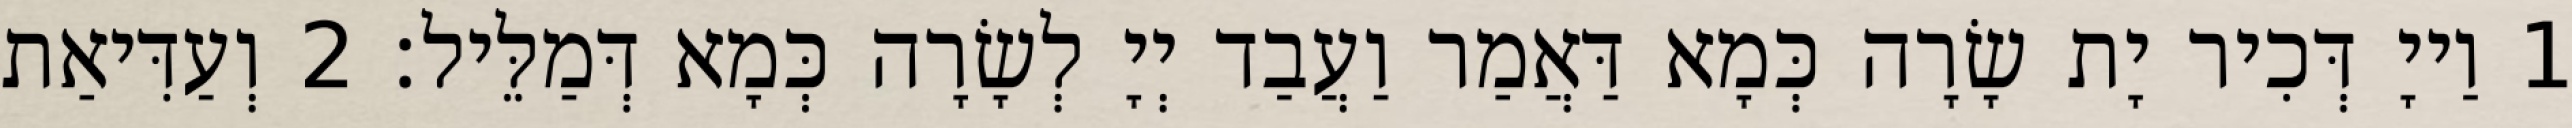
1 וַייָ דְּכִיר יָת שָׂרָה כְּמָא דַּאֲמַר וַעֲבַד יְיָ לְשָׂרָה כְּמָא דְּמַלֵּיל׃ 2 וְעַדִּיאַת